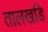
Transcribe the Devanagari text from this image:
तालखडि